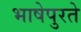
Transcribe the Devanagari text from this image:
भाषेपुरते